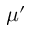
\mu ^ { \prime }